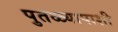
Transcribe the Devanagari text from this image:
पुतळ्यापाशी